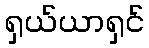
ရှယ်ယာရှင်